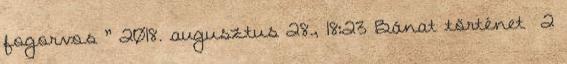
fogorvos ” 2018. augusztus 28., 18:23 ‎Bánat történet ‎ 2